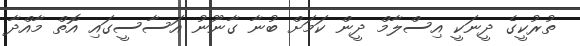
ތުރުކީގެ ދީނަކީ އިސްލާމް ދީީން ކަމަށް ބުނާ ގާނޫނު އަސާސީގައި އޮތް މާއްދާ